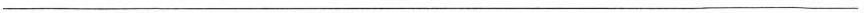
___